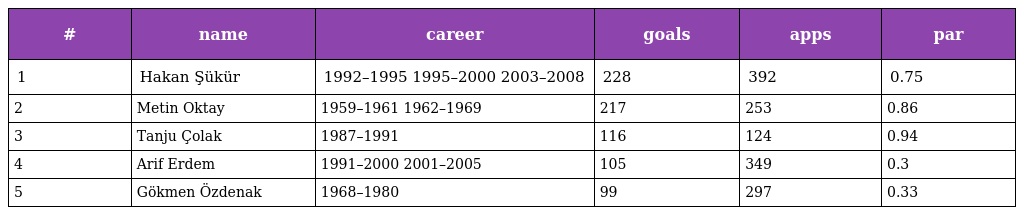
| # | name | career | goals | apps | par |
 | --- | --- | --- | --- | --- | --- |
 | 1 | Hakan Şükür | 1992–1995 1995–2000 2003–2008 | 228 | 392 | 0.75 |
 | 2 | Metin Oktay | 1959–1961 1962–1969 | 217 | 253 | 0.86 |
 | 3 | Tanju Çolak | 1987–1991 | 116 | 124 | 0.94 |
 | 4 | Arif Erdem | 1991–2000 2001–2005 | 105 | 349 | 0.3 |
 | 5 | Gökmen Özdenak | 1968–1980 | 99 | 297 | 0.33 |